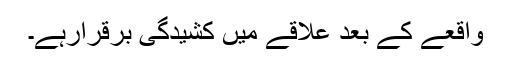
واقعے کے بعد علاقے میں کشیدگی برقرارہے۔